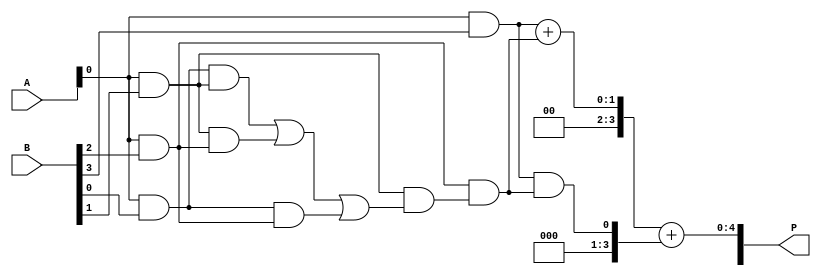
module wallace_tree_multiplier #(parameter N = 4) (
    input  [N-1:0] A, // N-bit input A
    input  [N-1:0] B, // N-bit input B
    output [2*N-1:0] P // 2N-bit output product
);

// Partial product generation
wire [N-1:0] pp [0:N-1]; // Partial products

genvar i, j;
generate
    for (i = 0; i < N; i = i + 1) begin : partial_product_generation
        for (j = 0; j < N; j = j + 1) begin : pp_gen
            assign pp[i][j] = A[j] & B[i];
        end
    end
endgenerate

// Wallace Tree reduction
wire [N-1:0] sum [0:N-1];
wire [N-1:0] carry [0:N-1];

genvar k;
generate
    for (k = 0; k < N; k = k + 1) begin : reduction_stage
        if (k == 0) begin
            assign sum[k] = pp[0][k] + pp[1][k] + pp[2][k];
            assign carry[k] = (pp[0][k] & pp[1][k]) | (pp[1][k] & pp[2][k]) | (pp[0][k] & pp[2][k]);
        end else begin
            assign sum[k] = pp[k][0] + carry[k-1];
            assign carry[k] = (pp[k][0] & carry[k-1]);
        end
    end
endgenerate

// Final addition
wire [N:0] final_sum;
wire [N:0] final_carry;

assign final_sum = sum[N-1] + carry[N-1];
assign P = {final_carry, final_sum};

endmodule